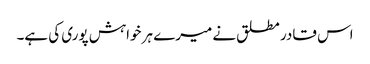
اس قادر مطلق نے میرے ہر خواہش پوری کی ہے۔